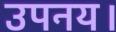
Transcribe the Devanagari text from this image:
उपनय।